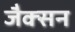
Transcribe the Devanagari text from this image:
जैक्‍सन